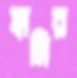
হাসির